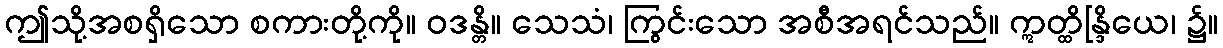
ဤသို့အစရှိသော စကားတို့ကို။ ဝဒန္တိ။ သေသံ၊ ကြွင်းသော အစီအရင်သည်။ ဣတ္ထိန္ဒြိယေ၊ ၌။